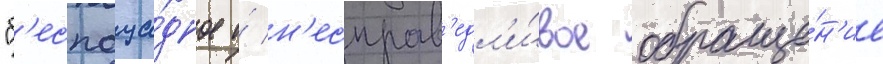
"б'еспоща́дное и́ н'есправ'едл'и́вое обраще́н'ие